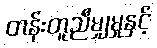
တန်းတူညီမျှမှုနှင့်